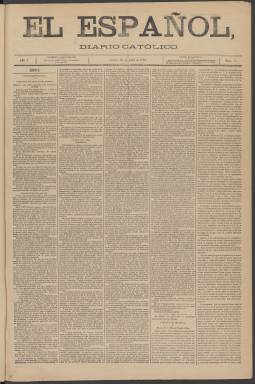
Título: El Español (Madrid. 1876)
Colección: Periódicos
Ámbito geográfico: Madrid
Lugar de publicación: Madrid
Fechas: 20/04/1876-18/08/1876

Falta digitalizar los primeros números (del 11 al 19 de abril), que están en mal estado en el original. Existe reproducción en microfilme.